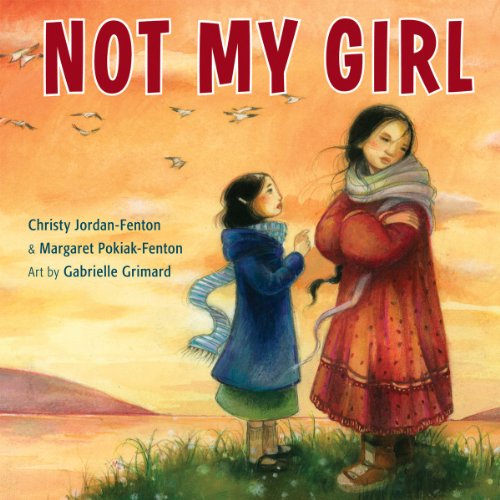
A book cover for Not My Girl; Christy Jordan-Fenton; Children's Books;